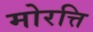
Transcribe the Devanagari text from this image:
मोरत्ति